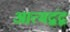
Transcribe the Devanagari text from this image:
आत्मद्वंद्व